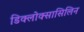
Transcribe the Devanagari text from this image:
डिक्लोक्सासिलिन